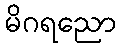
မိဂရညော